Bombay plague: being a history of the progress of plague in the Bombay presidency from September 1896 to June 1899
Year: 1896
Disease focus: Plague
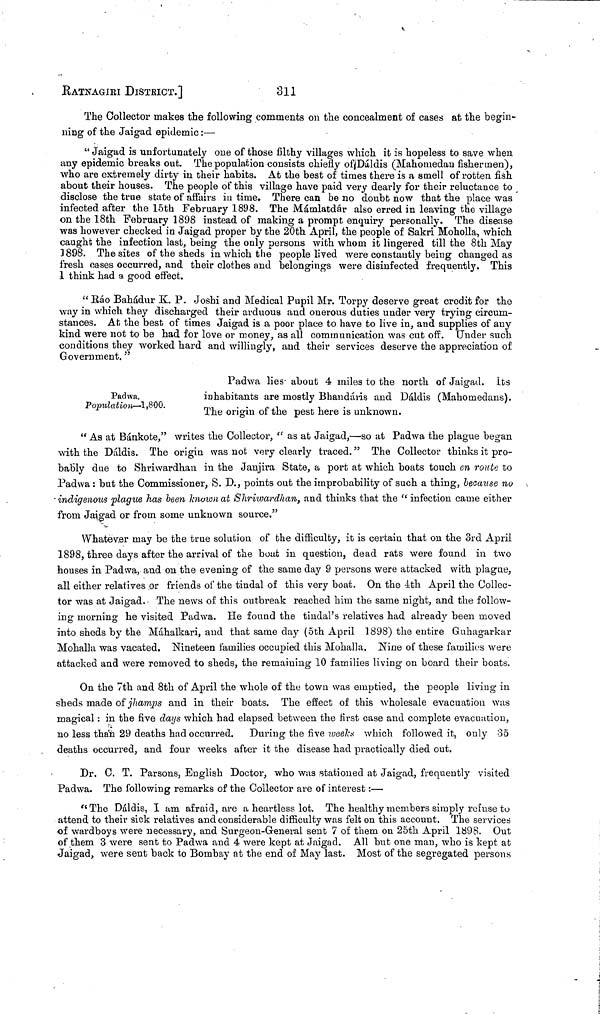
RATNAGiRI DISTRICT.]
311
The Collector makes the following comments on the concealment of cases at the begin-
ning of the Jaigad epidemic:—
" Jaigad is unfortunately one of those filthy villages which it is hopeless to save when
any epidemic breaks out. The population consists chiefly of Dáldis (Mahomedan fishermen),
who are extremely dirty in their habits. At the best of times there is a smell of rotten fish
about their houses. The people of this village have paid very dearly for their reluctance to
disclose the true state of affairs in time. There can be no doubt now that the place was
infected after the 15th February 1898. The Mámlatdár also erred in leaving the village
on the 18th February 1898 instead of making a prompt enquiry personally. The disease
was however checked in Jaigad proper by the 20th April, the people of Sakri Moholla, which
caught the infection last, being the only persons with whom it lingered till the 8th May
1898. The sites of the sheds in which the people lived were constantly being changed as
fresh cases occurred, and their clothes and belongings were disinfected frequently. This
1 think had a good effect.
" Ráo Bahádur K. P. Joshi and Medical Pupil Mr. Torpy deserve great credit for the
way in which they discharged their arduous and onerous duties under very trying circum-
stances. At the best of times Jaigad is a poor place to have to live in, and supplies of any
kind were not to be had for love or money, as all communication was cut off. Under such
conditions they worked hard and willingly, and their services deserve the appreciation of
Government."
Padwa.
Population—1,800.
Padwa lies about 4 miles to the north of Jaigad. Its
inhabitants are mostly Bhandáris and Dáldis (Mahomedans).
The origin of the pest here is unknown.
" As at Bánkote," writes the Collector, " as at Jaigad,—so at Padwa the plague began
with the Dáldis. The origin was not very clearly traced." The Collector thinks it pro-
bably due to Shriwardhan in the Jaujira State, a port at which boats touch on route to
Padwa : but the Commissioner, S. D., points out the improbability of such a thing, because no
• indigenous plague has been known at Shriwardhan, and thinks that the '' infection came either
from Jaigad or from some unknown source."
Whatever may be the true solution of the difficulty, it is certain that on the 3rd April
1898, three days after the arrival of the boat in question, dead rats were found in two
houses in Padwa, and on the evening of the same day 9 persons were attacked with plague,
all either relatives or friends of the tindal of this very boat. On the 4th April the Collec-
tor was at Jaigad. The news of this outbreak reached him the same night, and the follow-
ing morning he visited Padwa. He found the tindal's relatives had already been moved
into sheds by the Máhalkari, and that same day (5th April 1898) the entire Guhagarkar
Mohalla was vacated. Nineteen families occupied this Mohalla. Nine of these families were
attacked and were removed to sheds, the remaining 10 families living on board their boats.
On the 7th and 8th of April the whole of the town was emptied, the people living in
sheds made of jhamps and in their boats. The effect of this wholesale evacuation was
magical : in the five days which had elapsed between the first case and complete evacuation,
no less than 29 deaths had occurred. During the five weeks which followed it, only 35
deaths occurred, and four weeks after it the disease had practically died out.
Dr. C. T. Parsons, English Doctor, who was stationed at Jaigad, frequently visited
Padwa. The following remarks of the Collector are of interest:—
"The Dáldis, I am afraid, are a heartless lot. The healthy members simply refuse to
attend to their sick relatives and considerable difficulty was felt on this account. The services
of wardboys were necessary, and Surgeon-General sent 7 of them on 25th April 1898. Out
of them 3 were sent to Padwa and 4 were kept at Jaigad. All but one man, who is kept at
Jaigad, were sent back to Bombay at the end of May last. Most of the segregated persons